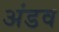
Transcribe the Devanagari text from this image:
अंडव